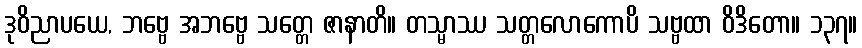
ဒုဝိညာပယေ, ဘဗ္ဗေ အဘဗ္ဗေ သတ္တေ ဇာနာတိ။ တသ္မာဿ သတ္တလောကောပိ သဗ္ဗထာ ဝိဒိတော။ ၁၃၇။